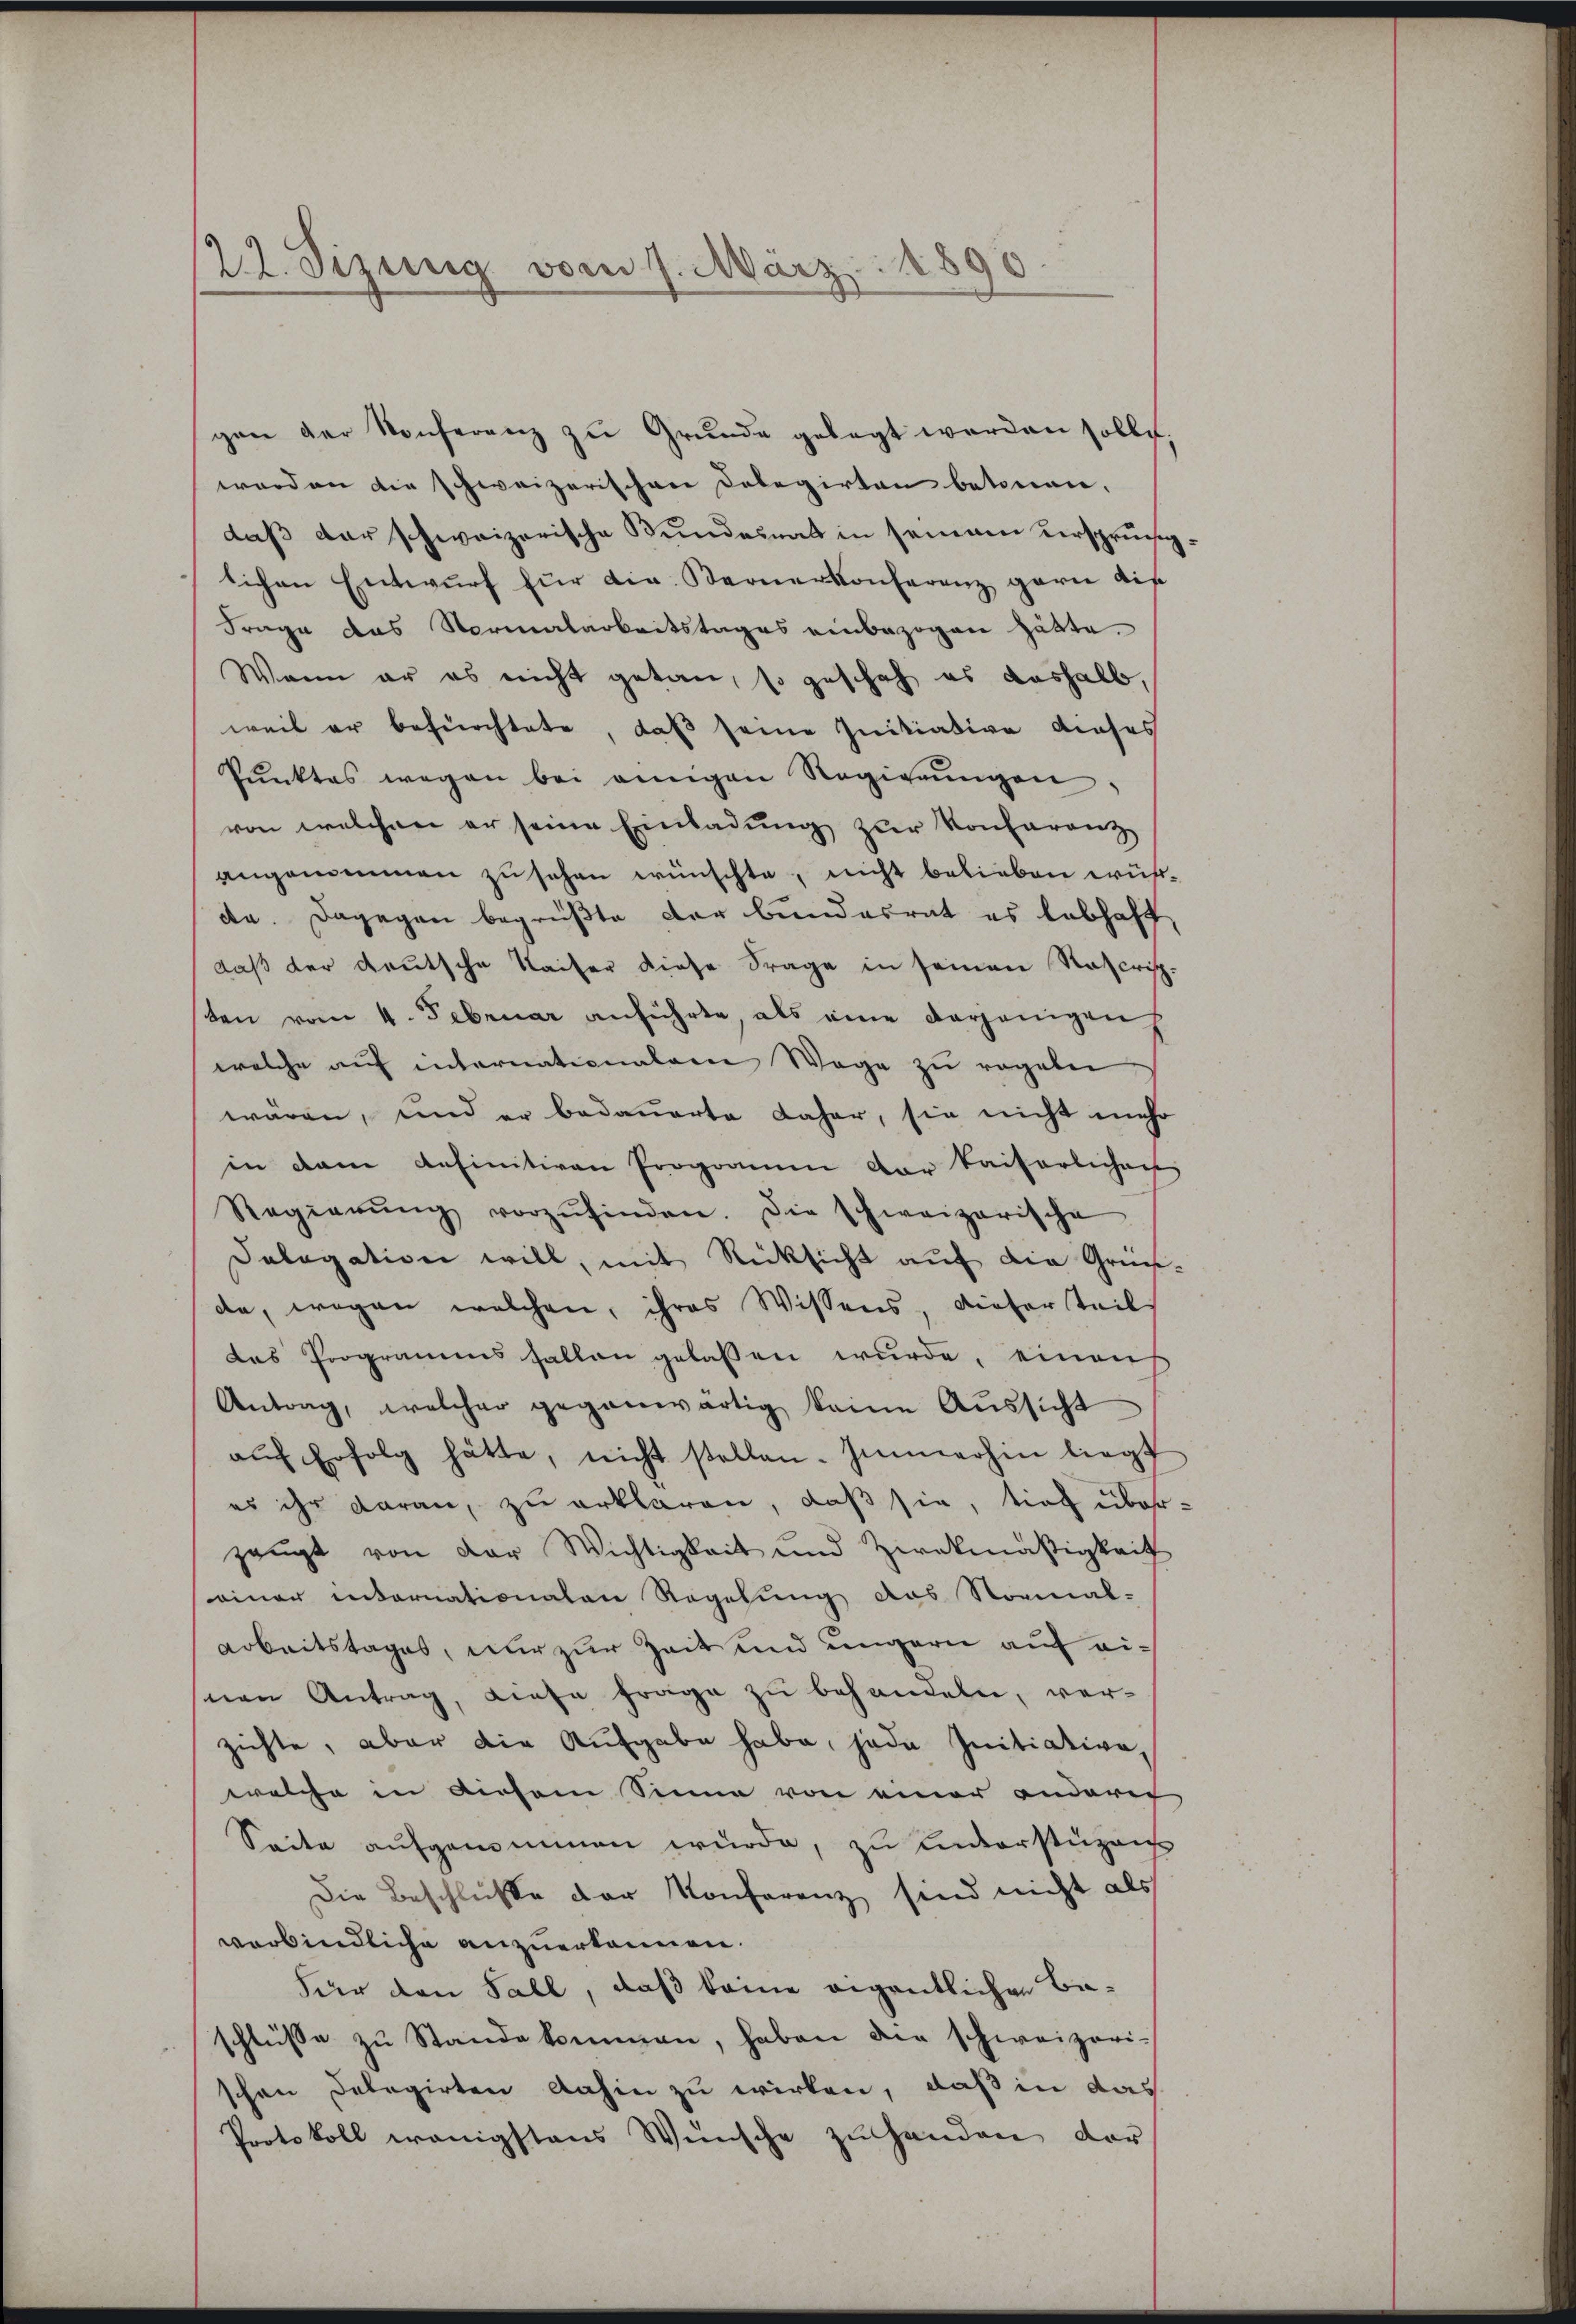
22. Sizung vom 1. März 1890

gen der Konferenz zu Grunde gelegt werden solle.
worden die schweizerischen Delegirten betonen,
daß der schweizerische Bundemnat in seinem ursprüchiglichen Entwŭrf für die. Bernerkonferenz garn dis
Frage das Normalarbeitstages einbezogen hätte.
Wann er es nicht getan, so geschah es deshalb,
weil er befürchtete, daß seine Initiative dieses
Pŭnktes wegen bei einigen Regierŭngen:
von welchen er seine Einladung zur Konferenz
angenommen zu sehen wünschte, nicht belieben wühlda. Dagegen begrüßte der bundesrat es lebhaft
daß der deutsche Kaiser diese Frage in seinen Ratherisch-
ten vom 4. Februar anführte, als eine derjenigen
welche auf internationalem Wege zu regeln
wären, und er bedauerte daher, sie nicht mehr
in dem definitiven Programm der kaiserlichen
Regierŭng vorzŭfinden. Die schweizerische
Delegation will, mit Rücksicht auf die Grün-
de, wegen welchen, ihres Wissens, dieser Teil
das Programms fallen gelassen wurde, einaus
Antrag, welcher gegenwärtig keine Aussicht
aŭf Erfolg hätte, nicht stellen. Immerhin liegt
es ihr daran, zu erklären, daß sie, tief über-
zeŭgt von der Wichtigkeit und Ziekmäßigkeit
einer internationalen Regelung das Normal-
arbeitstages, nur zur Zeit und ungern auf einen Antrag, Liefe Frage zu behandeln, ver-
zichte, aber die Aufgabe habe, jede Initiative,
welche in diesem Sinne von einer anderer
Seite aufgenommen wurde, zu unterstüzens
Die Beschluße der Konferenz sind nicht als
verbindliche anzuerkennen.
Für den Fall, daß keine eigentlichen Baschlüsse zŭ Stande kommen, haben die schweizerischen Delegirten dahin zu wirken, daß in das
Protokoll wenigstens Wünsche zŭ handen, der